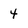
Character: 4